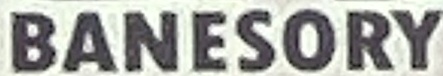
BANESORY